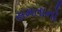
સમતાનો